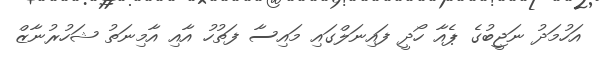
އަހުމަދު ނަޖީބުގެ ޕެއާ ހޯދީ ފައިނަލްގައި މައިސާ ފަތުހު އާއި އާމިނަތު ޝަހުރުނާޒް